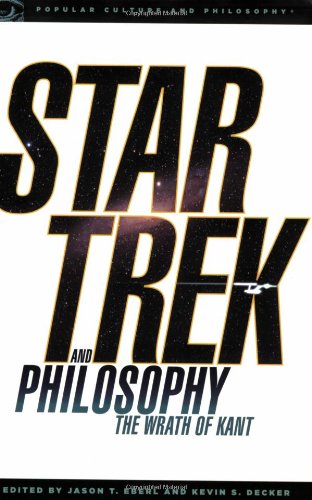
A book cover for Star Trek and Philosophy: The Wrath of Kant (Popular Culture and Philosophy); Humor & Entertainment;